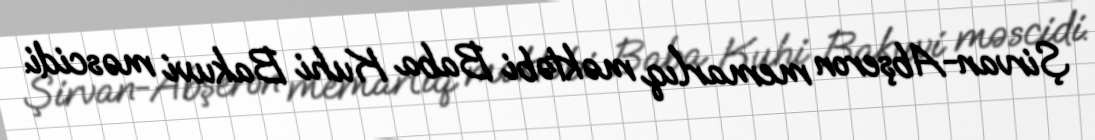
Şirvan-Abşeron memarlıq məktəbi Baba Kuhi Bakuvi məscidi.